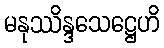
မနုဿိန္ဒသေဋ္ဌေဟိ